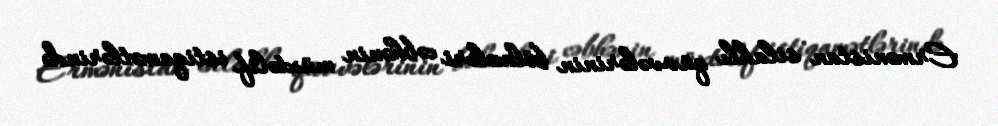
Ermənistan silahlı qüvvələrinin bölmələri cəbhənin müxtəlif istiqamətlərində